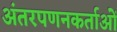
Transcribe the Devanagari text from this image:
अंतरपणनकर्ताओं